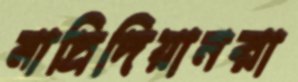
মাদ্রিদিয়ানরা